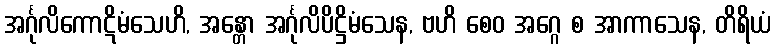
အင်္ဂုလိကောဋိမံသေဟိ, အန္တော အင်္ဂုလိပိဋ္ဌိမံသေန, ဗဟိ စေဝ အဂ္ဂေ စ အာကာသေန, တိရိယံ